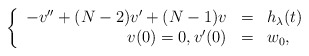
\begin{align*}\left\{ \begin{array}{rcl}-v'' + (N-2)v' + (N-1)v &=& h_\lambda(t) \\v(0)=0, v'(0) &=& w_0,\end{array}\right.\end{align*}